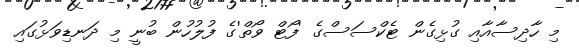
މި ހާދިސާއާއި ގުޅިގެން ޓެކްސަސްގެ 'ފޯޓް ވޯތް'ގެ ފުލުހުން ބުނީ މި ދަނޑިވަޅުގައި